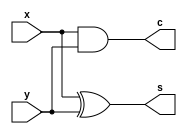
`timescale 1ns / 1ps
//////////////////////////////////////////////////////////////////////////////////
// Company: 
// Engineer: 
// 
// Design Name: 
// Module Name: half_adder
// Project Name: 
// Target Devices: 
// Tool Versions: 
// Description: 
// 
// Dependencies: 
// 
// Revision:
// Revision 0.01 - File Created
// Additional Comments:
// 
//////////////////////////////////////////////////////////////////////////////////


module half_adder(
        x, y, s, c
    );
    
    input x, y;
    output s, c;
    
    xor xor_s(s, x, y);
    and and_c(c, x, y);
    
endmodule